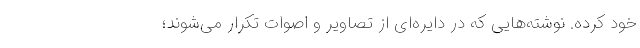
خود کرده. نوشته‌هایی که در دایره‌ای از تصاویر و اصوات تکرار می‌شوند؛